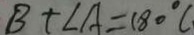
B + \angle A = 1 8 0 ^ { \circ } c